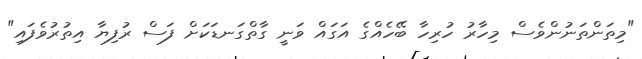
"މިތަންތަނުންވެސް މިހާރު ހުރިހާ ބޭހެއްގެ އަގައް ވަނީ ގާތްގަނޑަކަށް ފަސް ރުފިޔާ އިތުރުވެފައި"